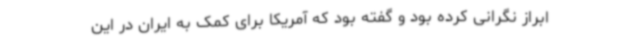
ابراز نگرانی کرده بود و گفته بود که آمریکا برای کمک به ایران در این